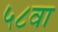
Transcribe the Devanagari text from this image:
५८वा